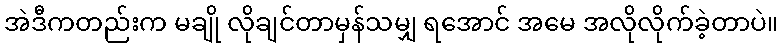
အဲဒီကတည်းက မချို လိုချင်တာမှန်သမျှ ရအောင် အမေ အလိုလိုက်ခဲ့တာပဲ။